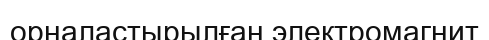
орналастырылған электромагнит